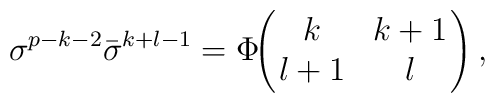
\sigma^{p-k-2} \bar{\sigma}^{k+l-1} =\Phi\!\!\left(\!\!\begin{array}{cc} k& k+1\\ l+1& l \end{array}\!\! \right),